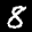
Label: 8